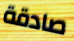
صادقة